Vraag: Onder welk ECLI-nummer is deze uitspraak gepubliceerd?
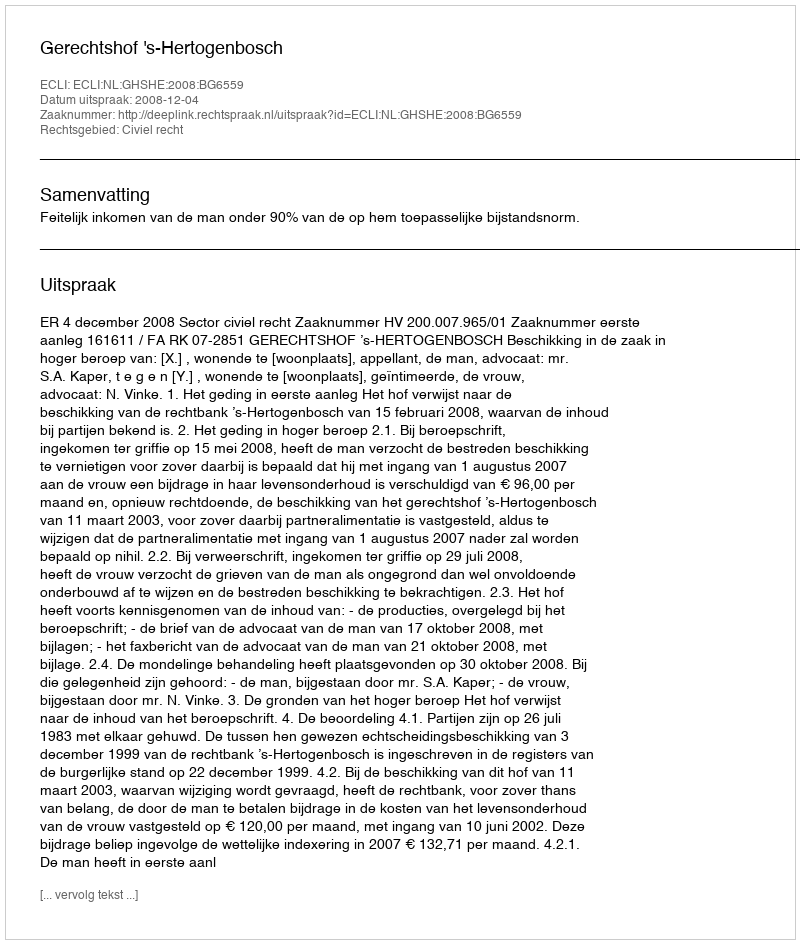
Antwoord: ECLI:NL:GHSHE:2008:BG6559